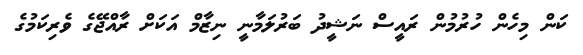
ކަން މިހެން ހުރުމުން ރައީސް ނަޝީދު ބަރުލަމާނީ ނިޒާމް އަކަށް ރާއްޖޭގެ ވެރިކަމުގެ